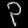
Digit: ၃